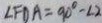
\angle F D A = 9 0 ^ { \circ } - \angle 2